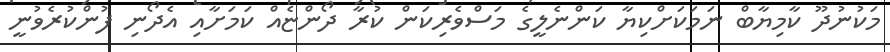
މަކުނުދޫ ކާމިޔާބް ނަމަކަށްކިޔާ ކަންނެލީގެ މަސްވެރިކަން ކުރާ ދޯންޏެއް ކަމަށާއި އެދޯނި ފުންކުރެވުނީ